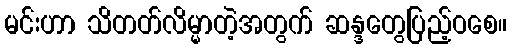
မင်းဟာ သိတတ်လိမ္မာတဲ့အတွက် ဆန္ဒတွေပြည့်ဝစေ။